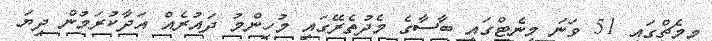
މިމެޗްގައި 51 ވަނަ މިނެޓްގައި ބާސާގެ މެދުތެރޭގައި މުހިންމު ދައުރެއް އަދާކުރަމުން ދިޔަ